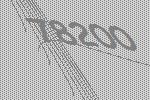
78200